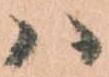
ハ